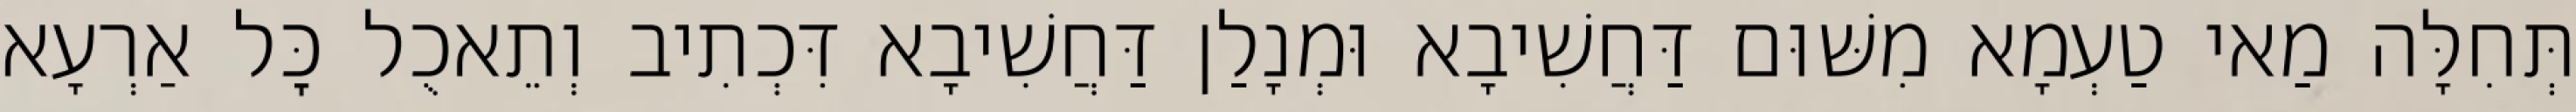
תְּחִלָּה מַאי טַעְמָא מִשּׁוּם דַּחֲשִׁיבָא וּמְנָלַן דַּחֲשִׁיבָא דִּכְתִיב וְתֵאכֻל כׇּל אַרְעָא